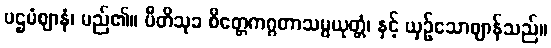
ပဌမံဈာနံ၊ မည်၏။ ပီတိသုခ စိတ္တေကဂ္ဂတာသမ္ပယုတ္တံ၊ နှင့် ယှဉ်သောဈာန်သည်။